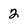
Character: 2